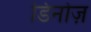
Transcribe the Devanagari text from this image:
डिनोज़